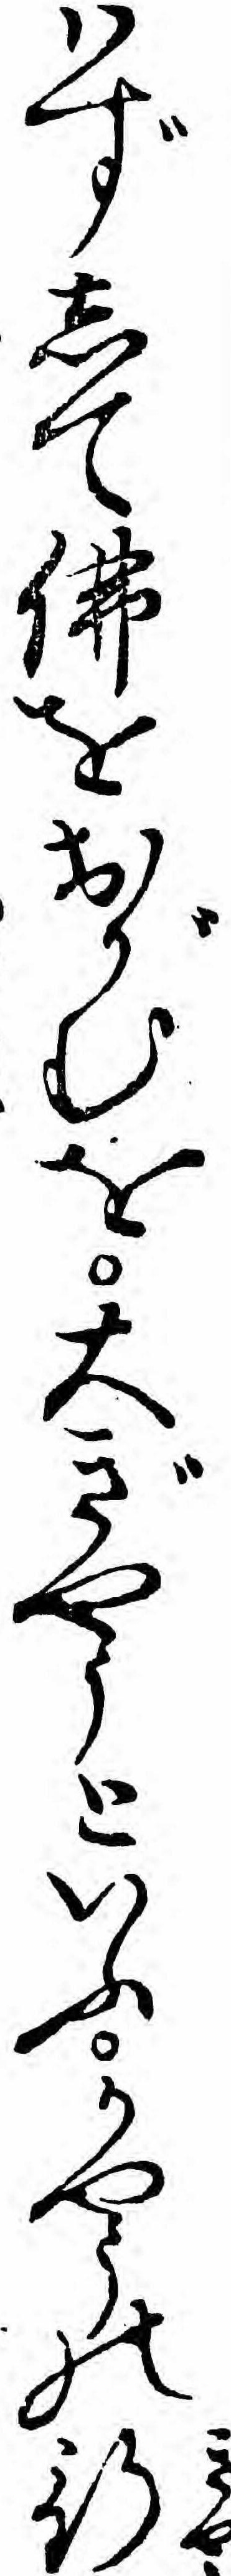
ハずして仏をおがむを大ぎやうといふかやうの行